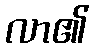
လာ၏